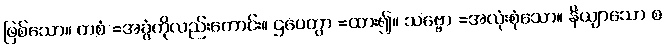
ဖြစ်သော။ တစံ =အခွံကိုလည်းကောင်း။ ဌပေတွာ =ထား၍။ သဗ္ဗော =အလုံးစုံသော။ နိယျာသော စ